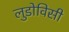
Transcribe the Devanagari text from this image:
लुडोविसी